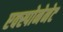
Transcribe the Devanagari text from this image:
एक्स्पोनेनेट